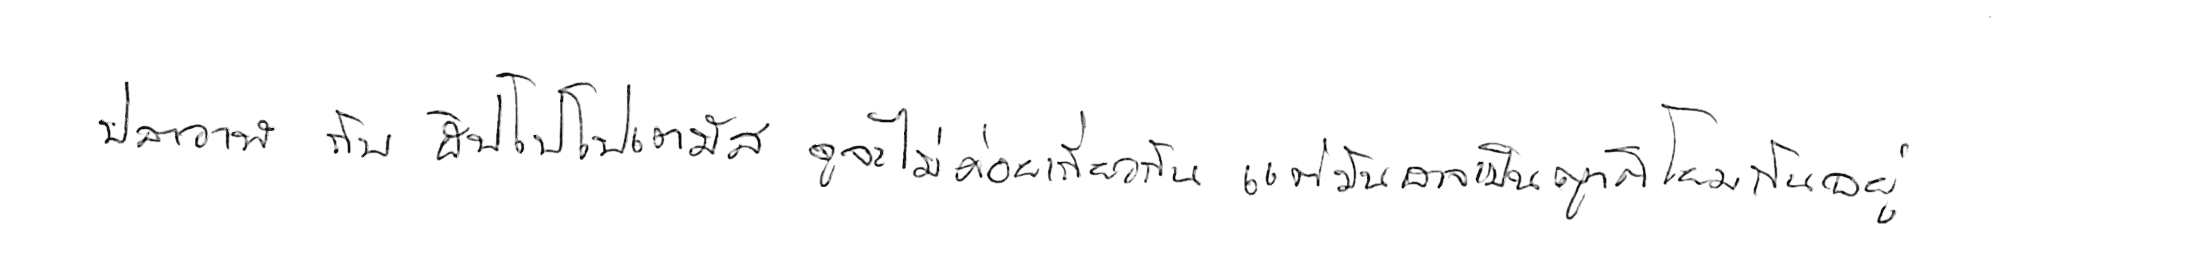
ปลาวาฬ กับ ฮิปโปโปเตมัส ดูจะไม่ค่อยเกี่ยวกัน แต่มันอาจเป็นญาติโยมกันอยู่